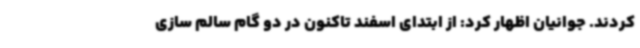
کردند. جوانیان اظهار کرد: از ابتدای اسفند تاکنون در دو گام سالم سازی